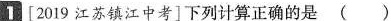
1 [2019 江苏镇江中考 ]下列计算正确的是 ( )